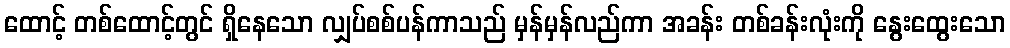
ထောင့် တစ်ထောင့်တွင် ရှိနေသော လျှပ်စစ်ပန်ကာသည် မှန်မှန်လည်ကာ အခန်း တစ်ခန်းလုံးကို နွေးထွေးသော